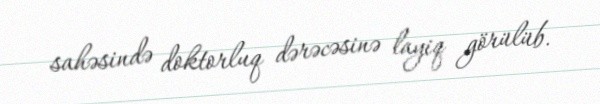
sahəsində doktorluq dərəcəsinə layiq görülüb.